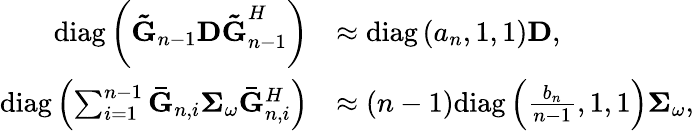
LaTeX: \begin{array}{rl}{\mathrm{{diag}}\left({{{{\mathbf{\tilde{G}}}}_{n-1}}{\mathbf{D\tilde{G}}}_{n-1}^{H}}\right)}&{\approx{\mathrm{diag}}\left({{a_{n}},1,1}\right){\mathbf{D}},}\\ {\mathrm{{diag}}\left({\sum_{i=1}^{n-1}{{{{\mathbf{\bar{G}}}}_{n,i}}}{{\mathbf{\Sigma}}_{\omega}}{\mathbf{\bar{G}}}_{n,i}^{H}}\right)}&{\approx\left({n-1}\right){\mathrm{diag}}\left({\frac{{{b_{n}}}}{{n-1}},1,1}\right){{\mathbf{\Sigma}}_{\omega}},}\end{array}